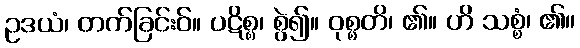
ဥဒယံ၊ တက်ခြင်းဝ်။ ပဋိစ္စ၊ စွဲ၍။ ဝုစ္စတိ၊ ၏။ ဟိ သစ္စံ၊ ၏။